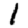
Digit: 1